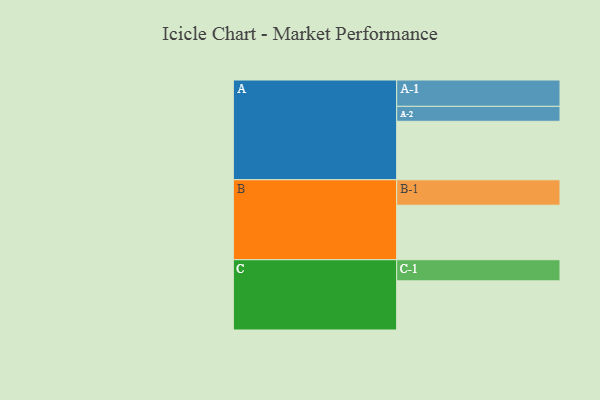
{"axis": {"x": "Segment", "y": "Value"}, "legend": ["", "A", "B", "C"], "data": [{"x": "A", "y": 575, "type": ""}, {"x": "B", "y": 536, "type": ""}, {"x": "C", "y": 483, "type": ""}, {"x": "A-1", "y": 259, "type": "A"}, {"x": "A-2", "y": 147, "type": "A"}, {"x": "B-1", "y": 250, "type": "B"}, {"x": "C-1", "y": 208, "type": "C"}]}